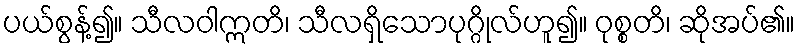
ပယ်စွန့်၍။ သီလဝါဣတိ၊ သီလရှိသောပုဂ္ဂိုလ်ဟူ၍။ ဝုစ္စတိ၊ ဆိုအပ်၏။